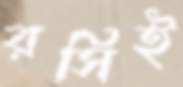
রসিই